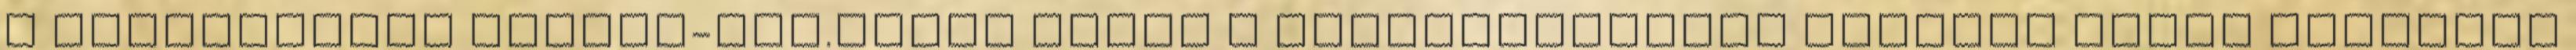
a fővárosában Rennes-ben.Talán ezzel a bejegyzésemmel kellett volna kezdenem